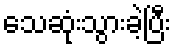
သေဆုံးသွားခဲ့ပြီး